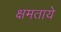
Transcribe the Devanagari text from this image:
क्षमताये